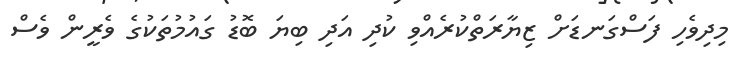
މިދިވެހި ފަސްގަނޑަށް ޒިޔާރަތްކުރެއްވި ކުދި އަދި ބިޔަ ބޮޑު ގައުމުތަކުގެ ވެރީން ވެސް